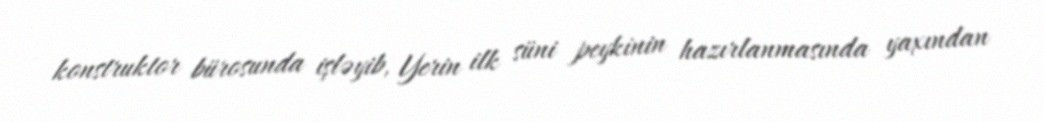
konstruktor bürosunda işləyib, Yerin ilk süni peykinin hazırlanmasında yaxından